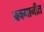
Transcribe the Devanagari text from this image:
अवमानीत